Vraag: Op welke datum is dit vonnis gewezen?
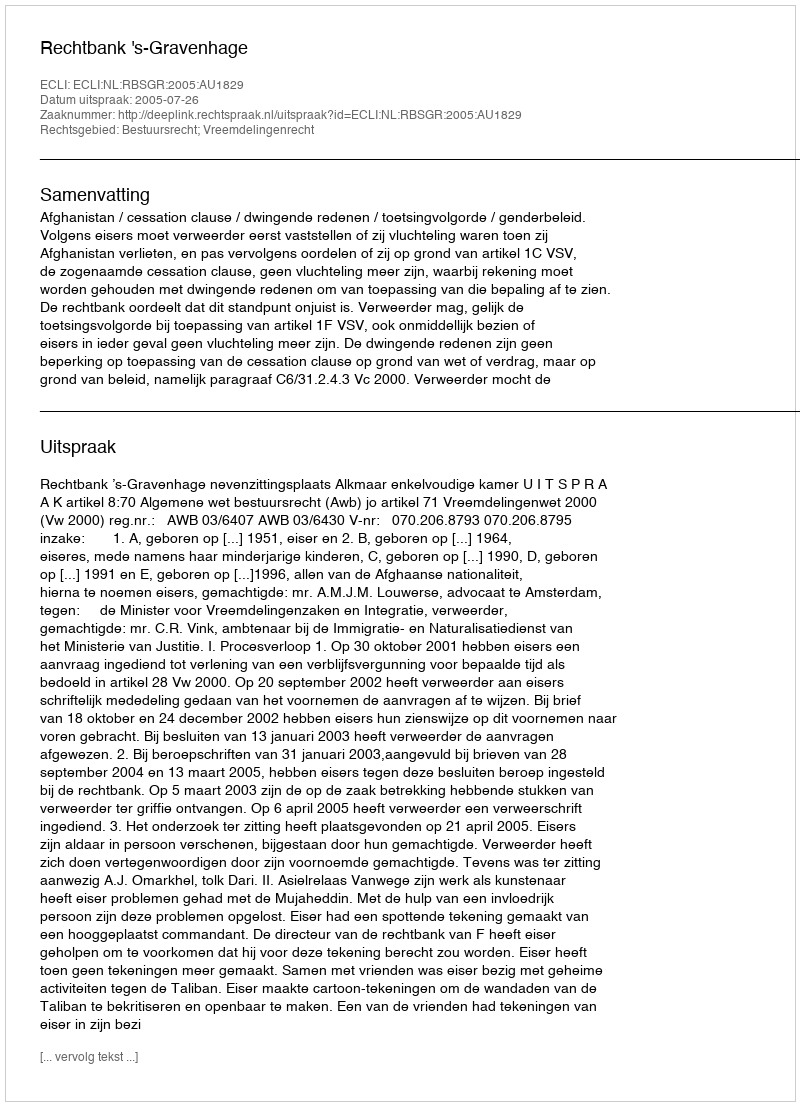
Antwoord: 2005-07-26